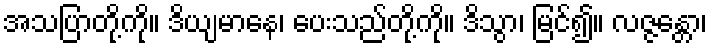
အသပြာတို့ကို။ ဒိယျမာနေ၊ ပေးသည်တို့ကို။ ဒိသွာ၊ မြင်၍။ လဇ္ဇန္တော၊